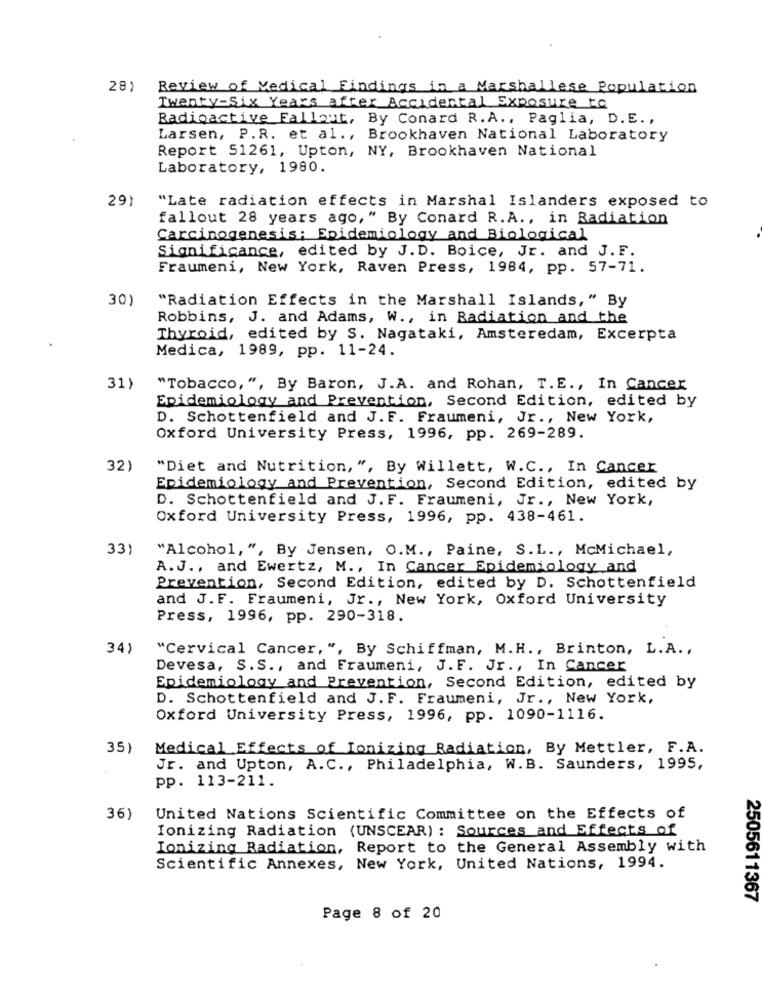
28)
Review of Medical Findings in a Marshallese Population
Twenty-Six Years after Accidental Exposure to
Radioactive Fallout, By Conard R.A ., Paglia, D.E. ,
Larsen, P.R. et al ., Brookhaven National Laboratory
Report 51261, Upton, NY, Brookhaven National
Laboratory, 1980.
29)
"Late radiation effects in Marshal Islanders exposed to
fallout 28 years ago," By Conard R.A ., in Radiation
Carcinogenesis; Epidemiology and Biological
Significance, edited by J.D. Boice, Jr. and J. F.
Fraumeni, New York, Raven Press, 1984, pp. 57-71.
30)
"Radiation Effects in the Marshall Islands," By
Robbins, J. and Adams, W ., in Radiation and the
Thyroid, edited by S. Nagataki, Amsterdam, Excerpta
Medica, 1989, pp. 11-24.
31)
"Tobacco, ", By Baron, J.A. and Rohan, T. E ., In Cancer
Epidemiology and Prevention, Second Edition, edited by
D. Schottenfield and J.F. Fraumeni, Jr ., New York,
Oxford University Press, 1996, pp. 269-289.
32)
"Diet and Nutrition, ", By Willett, W.C ., In Cancer
Epidemiology and Prevention, Second Edition, edited by
D. Schottenfield and J.F. Fraumeni, Jr ., New York,
Oxford University Press, 1996, pp. 438-461.
33)
"Alcohol, ", By Jensen, O.M ., Paine, S.L ., McMichael,
A. J ., and Ewertz, M ., In Cancer Epidemiology and
Prevention, Second Edition, edited by D. Schottenfield
and J.F. Fraumeni, Jr ., New York, Oxford University
Press, 1996, pp. 290-318.
34)
"Cervical Cancer, ", By Schiffman, M.H ., Brinton, L.A .,
Devesa, S.S ., and Fraumeni, J.F. Jr ., In Cancer
Epidemiology and Prevention, Second Edition, edited by
D. Schottenfield and J.F. Fraumeni, Jr ., New York,
Oxford University Press, 1996, pp. 1090-1116.
351
Medical Effects of Ionizing Radiation, By Mettler, F.A.
Jr. and Upton, A. C ., Philadelphia, W.B. Saunders, 1995,
pp. 113-211.
36)
United Nations Scientific Committee on the Effects of
Ionizing Radiation (UNSCEAR) : Sources and Effects of
Ionizing Radiation, Report to the General Assembly with
Scientific Annexes, New York, United Nations, 1994.
2505611367
Page 8 of 20